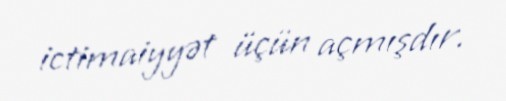
ictimaiyyət üçün açmışdır.